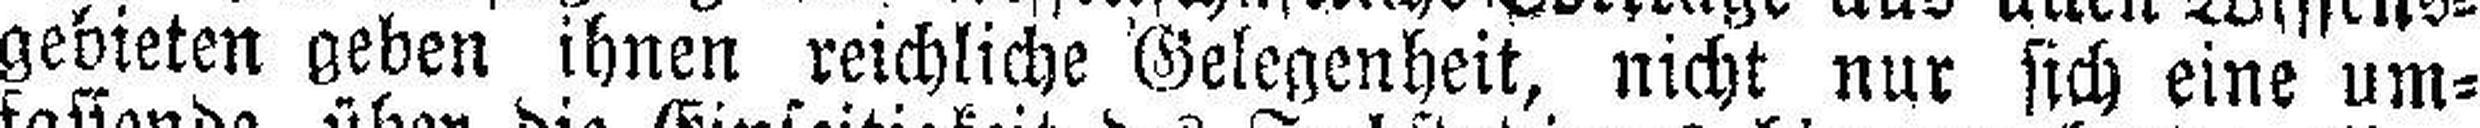
gebieten geben ihnen reichliche Gelegenheit, nicht nur sich eine um¬